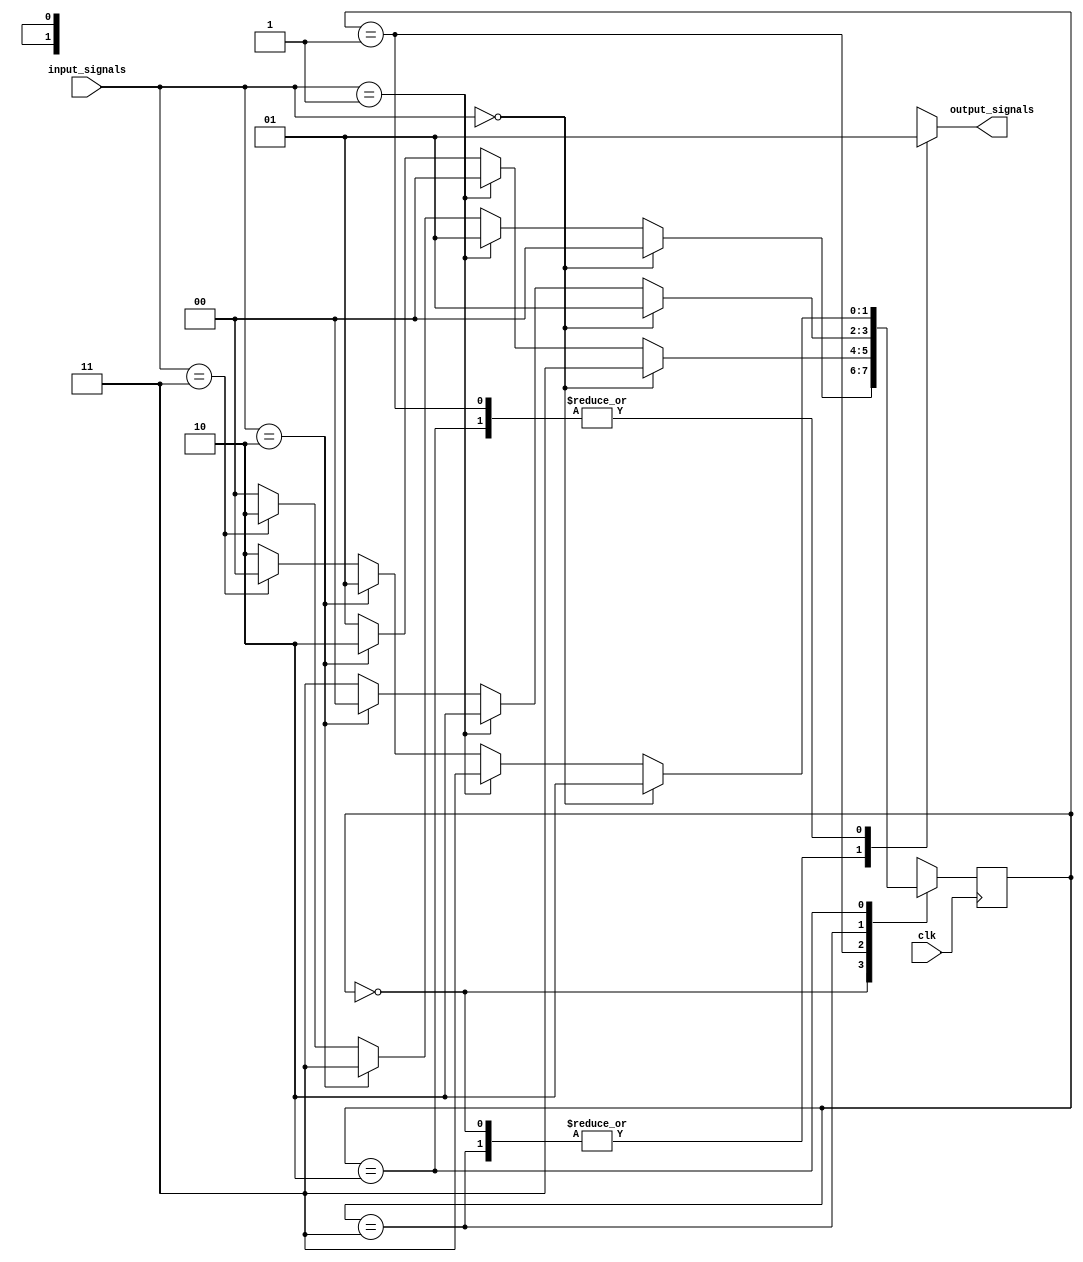
module state_machine (
  input wire clk,
  input wire [1:0] input_signals,
  output reg output_signals
);

  parameter S0 = 2'b00; // Define Gray code encoding for states
  parameter S1 = 2'b01;
  parameter S2 = 2'b11;
  parameter S3 = 2'b10;
  
  reg [1:0] current_state, next_state;
  
  always @(posedge clk) begin
    current_state <= next_state; // Update current state on clock edge
  end
  
  always @(*) begin
    case (current_state)
      S0: begin
        next_state = (input_signals == 2'b00) ? S0 :
                     (input_signals == 2'b01) ? S1 : 
                     (input_signals == 2'b10) ? S2 : 
                     (input_signals == 2'b11) ? S3 : S0;
                     
        // Define output signals based on current state
        output_signals = (current_state == S0) ? 1'b0 :
                          (current_state == S1) ? 1'b1 :
                          (current_state == S2) ? 1'b0 :
                          (current_state == S3) ? 1'b1 : 1'b0;
      end
      
      S1: begin
        next_state = (input_signals == 2'b00) ? S2 :
                     (input_signals == 2'b01) ? S0 : 
                     (input_signals == 2'b10) ? S3 : 
                     (input_signals == 2'b11) ? S1 : S1;
                     
        // Define output signals based on current state
        output_signals = (current_state == S0) ? 1'b0 :
                          (current_state == S1) ? 1'b1 :
                          (current_state == S2) ? 1'b0 :
                          (current_state == S3) ? 1'b1 : 1'b0;
      end
      
      S2: begin
        next_state = (input_signals == 2'b00) ? S1 :
                     (input_signals == 2'b01) ? S3 : 
                     (input_signals == 2'b10) ? S0 : 
                     (input_signals == 2'b11) ? S2 : S2;
                     
        // Define output signals based on current state
        output_signals = (current_state == S0) ? 1'b0 :
                          (current_state == S1) ? 1'b1 :
                          (current_state == S2) ? 1'b0 :
                          (current_state == S3) ? 1'b1 : 1'b0;
      end
      
      S3: begin
        next_state = (input_signals == 2'b00) ? S3 :
                     (input_signals == 2'b01) ? S2 : 
                     (input_signals == 2'b10) ? S1 : 
                     (input_signals == 2'b11) ? S0 : S3;
                     
        // Define output signals based on current state
        output_signals = (current_state == S0) ? 1'b0 :
                          (current_state == S1) ? 1'b1 :
                          (current_state == S2) ? 1'b0 :
                          (current_state == S3) ? 1'b1 : 1'b0;
      end
    endcase
  end
  
endmodule